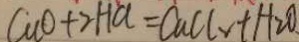
C u O + 2 H C l = C u C l _ { 2 } + H _ { 2 } O .